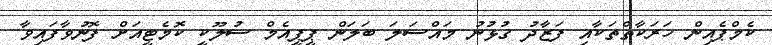
ކެމްޕެއިން ހަރަކާތްތަކާއި ފަޒާދު ގުޅުނު މައްސަލަ ބަލަން ޕީޕީއެމް ސުލޫކީ ކޮމެޓީއަށް ފޮނުވާފައިވާ